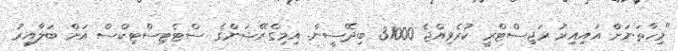
"މިހާތަނަށް އައިއިރު ރަޖިސްޓްރީ ކުރެވިއްޖެ 31000 ބިދޭސީން. އިމިގްރޭޝަންގެ ސްޓެޓިސްޓިކްސް އަށް ބަލާއިރު